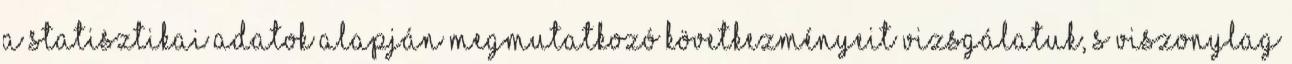
a statisztikai adatok alapján megmutatkozó következményeit vizsgálatuk, s viszonylag